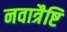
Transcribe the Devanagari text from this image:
नवात्रैष्टि